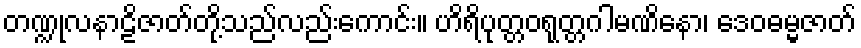
တဏ္ဍုလနာဠိဇာတ်တို့သည်လည်းကောင်း။ ဟိရိပုတ္တဝရုတ္တဂါမဏိနော၊ ဒေဝဓမ္မဇာတ်